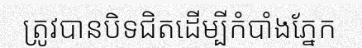
ត្រូវបានបិទជិតដើម្បីកំបាំងភ្នែក